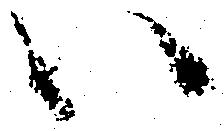
い